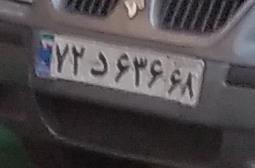
۷۲د۶۳۸۶۸